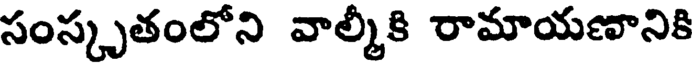
సంస్కృతంలోని వాల్మీకి రామాయణానికి